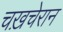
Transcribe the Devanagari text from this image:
चख़चेरान